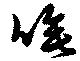
唾